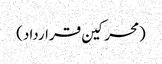
(محرکین قرارداد)